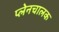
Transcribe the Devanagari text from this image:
प्लेनचालक